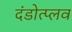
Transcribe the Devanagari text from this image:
दंडोत्प्लव